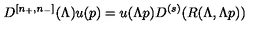
D ^ { \left[ n _ { + } , n _ { - } \right] } ( \Lambda ) u ( p ) = u ( \Lambda p ) D ^ { ( s ) } ( R ( \Lambda , \Lambda p ) )